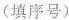
(填序号）